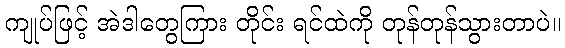
ကျုပ်ဖြင့် အဲဒါတွေကြား တိုင်း ရင်ထဲကို တုန်တုန်သွားတာပဲ။